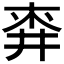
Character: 𪜅